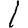
Digit: 1